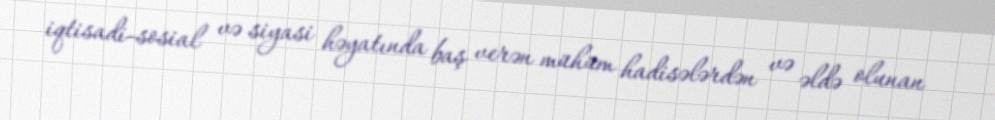
iqtisadi-sosial və siyasi həyatında baş verən mühüm hadisələrdən və əldə olunan